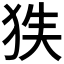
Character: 𱭻